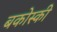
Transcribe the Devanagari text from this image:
बकोस्की